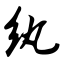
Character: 纨